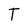
Character: T